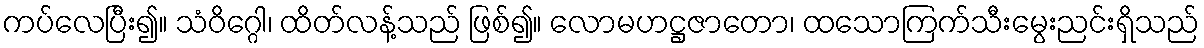
ကပ်လေပြီး၍။ သံဝိဂ္ဂေါ၊ ထိတ်လန့်သည် ဖြစ်၍။ လောမဟဋ္ဌဇာတော၊ ထသောကြက်သီးမွေးညင်းရှိသည်